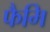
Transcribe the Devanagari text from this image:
फैमि